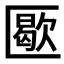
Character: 𠥜